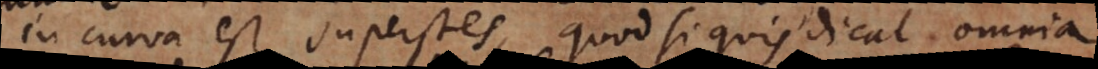
in curva est superstes, quod si quis dicat omni